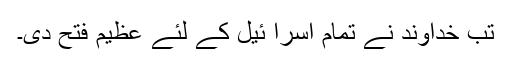
تب خداوند نے تمام اسرا ئیل کے لئے عظیم فتح دی۔